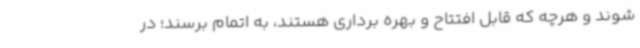
شوند و هرچه که قابل افتتاح و بهره برداری هستند، به اتمام برسند؛ در